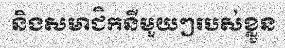
និងសមាជិកនីមួយៗរបស់ខ្លួន